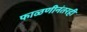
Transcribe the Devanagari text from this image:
फाळणीनंतरही